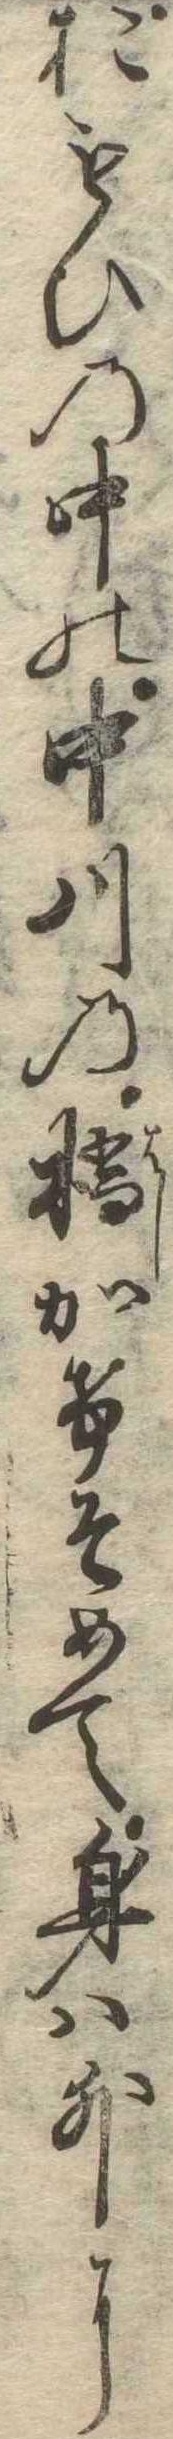
おもひの中の中川の橋かけそめて身は外に